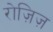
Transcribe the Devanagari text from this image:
रोज़िज़